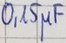
Text: 0,15µF